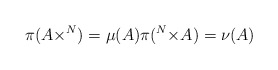
\begin{align*}\pi(A \times \real^N)=\mu(A) \pi(\real^N\times A)=\nu(A)\end{align*}